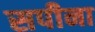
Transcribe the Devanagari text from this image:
सपीना